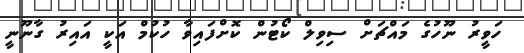
ހަވީރު ނޫހުގެ މައްޗަށް ސިވިލް ކޯޓުން ކޮށްފައިވާ ހުކުމް އަކީ އައިރު ގާނޫނީ